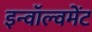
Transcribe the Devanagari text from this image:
इन्वॉल्वमेंट